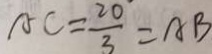
A C = \frac { 2 0 } { 3 } = A B